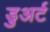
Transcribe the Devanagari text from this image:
डुअर्ट